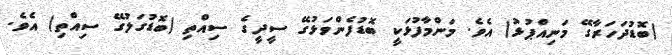
(ބޮޑުދަހަރާގޭ މަނިއްޕުޅު) އެވެ. މަންމާފުޅަކީ ބޮޑުފެންވަޅުގޭ ސީދީގެ ސިއްތި (ބޮޑުގަލުގޭ ސިއްތި) އެވެ.